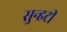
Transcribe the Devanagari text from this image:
सुन्हटी